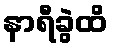
နာရီခွဲထိ